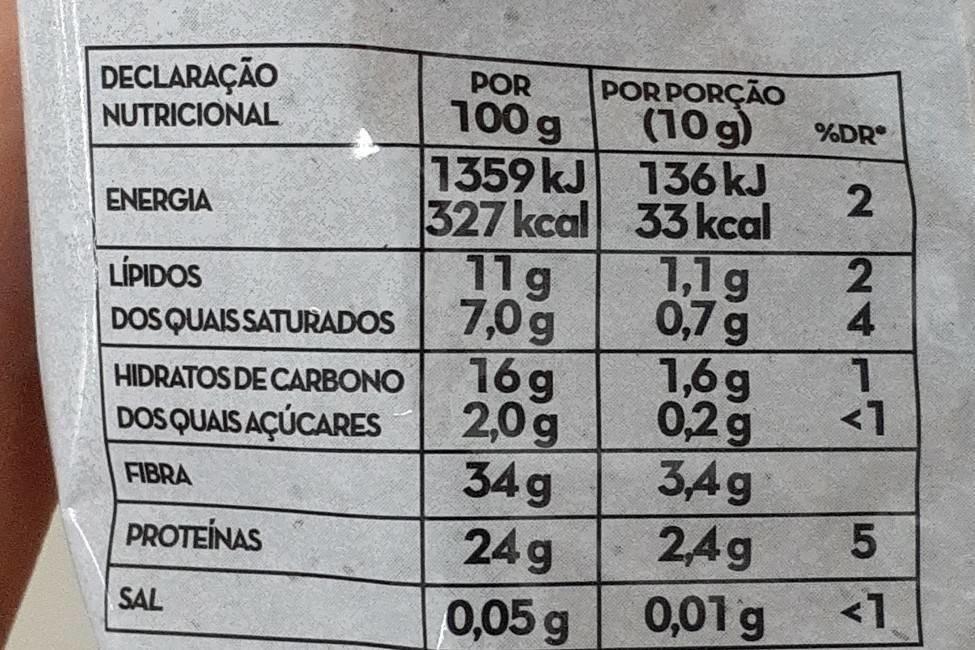
DECLARAÇÃO NUTRICIONAL
ENERGIA
LIPIDOS
DOS QUAIS SATURADOS
HIDRATOS DE CARBONO
DOS QUAIS AÇÚCARES
FIBRA
PROTEÍNAS
SAL
POR 100 g
1359 kJ
327 kcal
11 g 7,0g
16g
2,0g
34g
24g
0,05 g
POR PORÇÃO (10 g) 136 kJ
33 kcal 1,1 g 0,7 g
1,6g
0,2 g
3,4g
2,4g
0,01 g
%DR
224
1 <1
5
<1